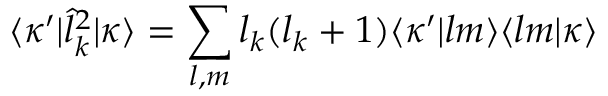
\langle \kappa ^ { \prime } | \hat { l } _ { k } ^ { 2 } | \kappa \rangle = \sum _ { l , m } l _ { k } ( l _ { k } + 1 ) \langle \kappa ^ { \prime } | l m \rangle \langle l m | \kappa \rangle